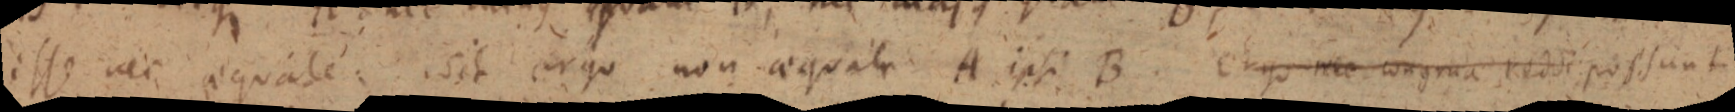
ille nec aequale sit ergo non aequala A ipsi B Ergo nec congrua reddi possunt